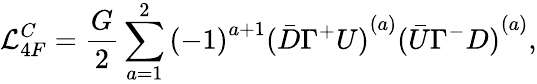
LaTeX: {\cal L}_{4F}^{C}=\frac{G}{2}\sum_{a=1}^{2}{(-1)}^{a+1}{(\bar{D}\Gamma^{+}U)}^{(a)}{(\bar{U}\Gamma^{-}D)}^{(a)},